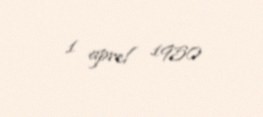
1 aprel 1950